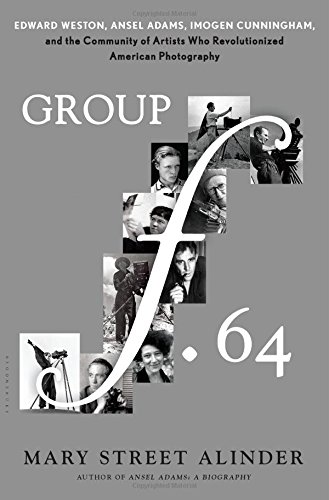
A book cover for Group f.64: Edward Weston, Ansel Adams, Imogen Cunningham, and the Community of Artists Who Revolutionized American Photography; Mary Street Alinder; Arts & Photography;